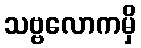
သဗ္ဗလောကမှိ